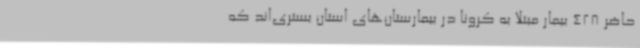
حاضر 428 بیمار مبتلا به کرونا در بیمارستان‌های استان بستری‌اند که